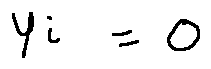
y _ { i } = 0